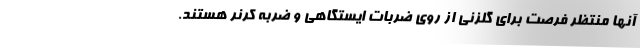
آنها منتظر فرصت برای گلزنی از روی ضربات ایستگاهی و ضربه کرنر هستند.